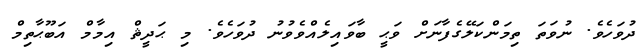
ދުވަހެވެ. ނުވަތަ ތިމަންކަލޭގެފާނަށް ވަޙީ ބާވައިލެއްވެވުނު ދުވަހެވެ. މި ޙަދީޘް އިމާމް އަބޫޙާތިމް